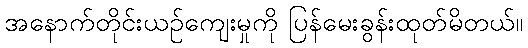
အနောက်တိုင်းယဉ်ကျေးမှုကို ပြန်မေးခွန်းထုတ်မိတယ်။